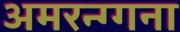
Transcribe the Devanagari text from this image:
अमरन्ग्गना